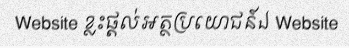
Website ខ្លះផ្តល់អត្ថប្រយោជន៍ឯ Website